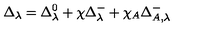
\Delta _ { \lambda } = \Delta _ { \lambda } ^ { 0 } + \chi \Delta _ { \lambda } ^ { - } + \chi _ { A } \Delta _ { A , \lambda } ^ { - }